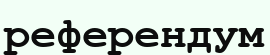
референдум